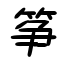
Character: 筝